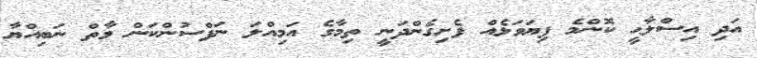
އަދި އިސްލާޙީ ކޮންމެ ފިޔަވަޅެއް ފެށިގެންދަނީ ތިމާގެ އަމިއްލަ ނަފްސުންކަން މާތް ނަބިއްޔާ